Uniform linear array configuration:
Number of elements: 12
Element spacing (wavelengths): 0.25
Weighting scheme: uniform
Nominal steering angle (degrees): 45
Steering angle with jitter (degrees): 44.362
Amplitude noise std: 0.05
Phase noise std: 0.05

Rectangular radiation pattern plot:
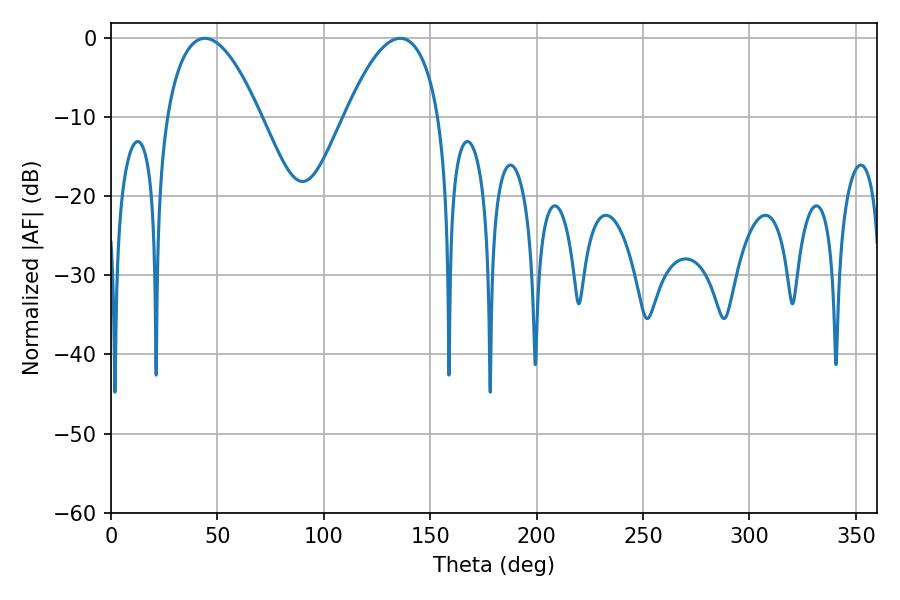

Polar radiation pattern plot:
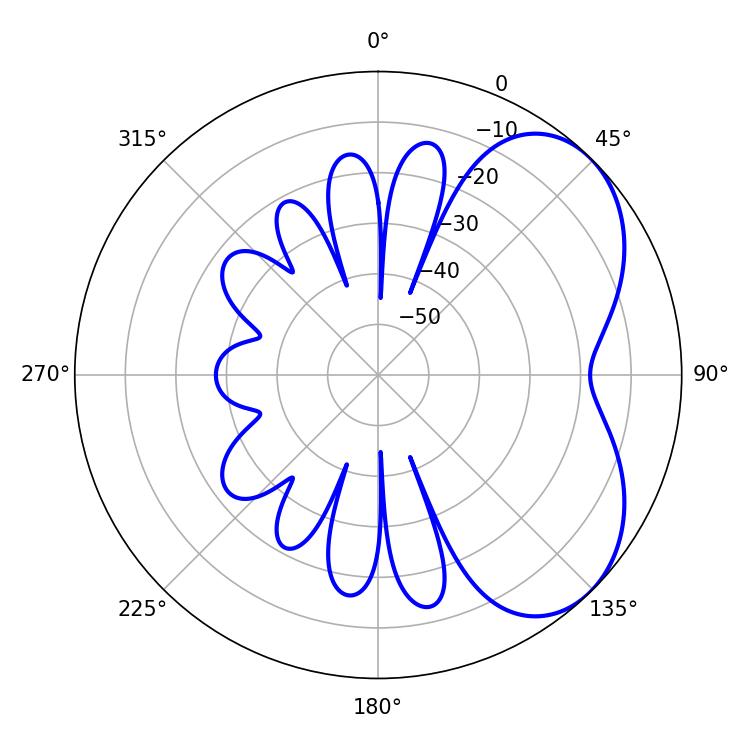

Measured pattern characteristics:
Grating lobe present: FALSE
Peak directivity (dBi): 4.832
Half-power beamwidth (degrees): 24.3
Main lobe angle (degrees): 44.1